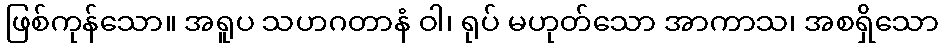
ဖြစ်ကုန်သော။ အရူပ သဟဂတာနံ ဝါ၊ ရုပ် မဟုတ်သော အာကာသ၊ အစရှိသော